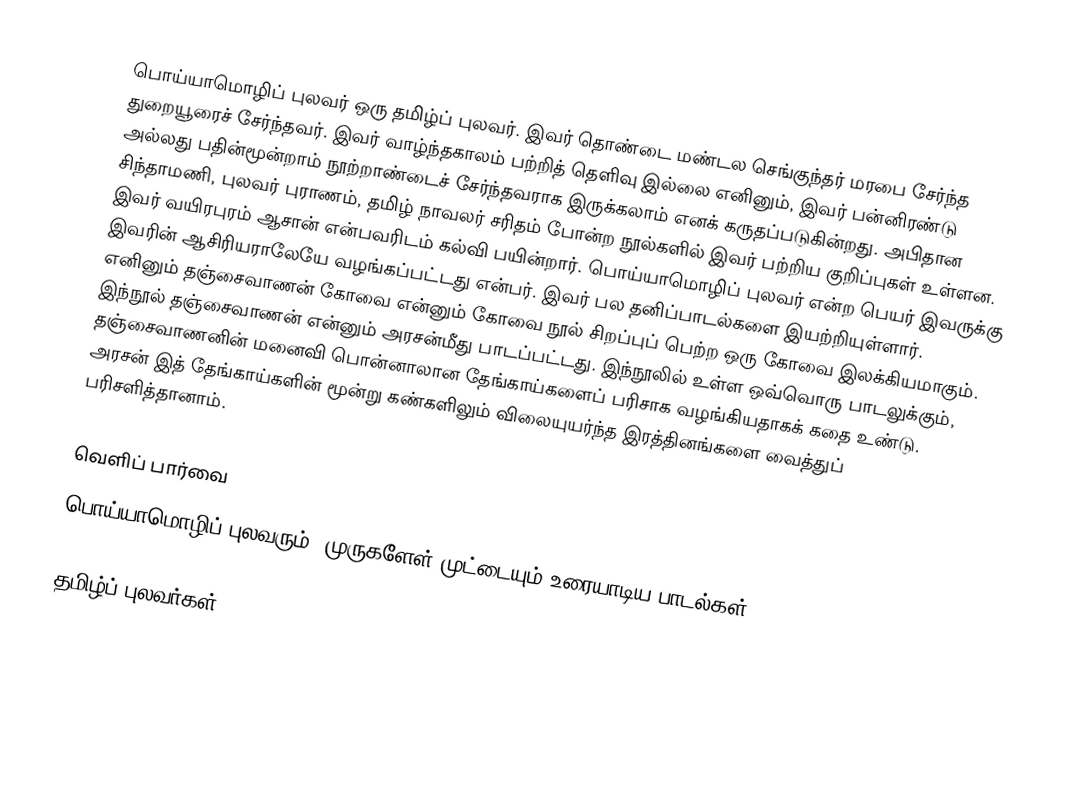
பொய்யாமொழிப் புலவர் ஒரு தமிழ்ப் புலவர். இவர் தொண்டை மண்டல செங்குந்தர் மரபை சேர்ந்த துறையூரைச் சேர்ந்தவர். இவர் வாழ்ந்தகாலம் பற்றித் தெளிவு இல்லை எனினும், இவர் பன்னிரண்டு அல்லது பதின்மூன்றாம் நூற்றாண்டைச் சேர்ந்தவராக இருக்கலாம் எனக் கருதப்படுகின்றது. அபிதான சிந்தாமணி, புலவர் புராணம், தமிழ் நாவலர் சரிதம் போன்ற நூல்களில் இவர் பற்றிய குறிப்புகள் உள்ளன. இவர் வயிரபுரம் ஆசான் என்பவரிடம் கல்வி பயின்றார். பொய்யாமொழிப் புலவர் என்ற பெயர் இவருக்கு இவரின் ஆசிரியராலேயே வழங்கப்பட்டது என்பர். இவர் பல தனிப்பாடல்களை இயற்றியுள்ளார். எனினும் தஞ்சைவாணன் கோவை என்னும் கோவை நூல் சிறப்புப் பெற்ற ஒரு கோவை இலக்கியமாகும். இந்நூல் தஞ்சைவாணன் என்னும் அரசன்மீது பாடப்பட்டது. இந்நூலில் உள்ள ஒவ்வொரு பாடலுக்கும், தஞ்சைவாணனின் மனைவி பொன்னாலான தேங்காய்களைப் பரிசாக வழங்கியதாகக் கதை உண்டு. அரசன் இத் தேங்காய்களின் மூன்று கண்களிலும் விலையுயர்ந்த இரத்தினங்களை வைத்துப் பரிசளித்தானாம்.

வெளிப் பார்வை
பொய்யாமொழிப் புலவரும், முருகளேள் முட்டையும் உரையாடிய பாடல்கள்

தமிழ்ப் புலவர்கள்